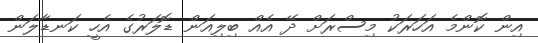
އިން ކޮންމެ އަހަރަކު މިސްރަށް ދޭ އެއް ބިލިއަން ޑޮލަރުގެ އެހީ ކަނޑާލަން